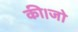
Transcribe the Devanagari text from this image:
की।जो